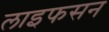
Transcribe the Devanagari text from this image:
लाइफसन